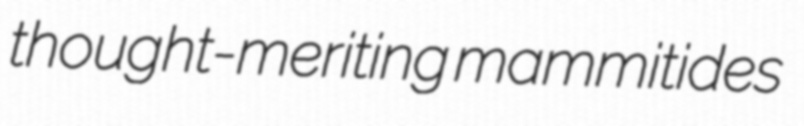
thought-meriting mammitides